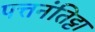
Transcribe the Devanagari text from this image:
पत्तनंतिट्टा